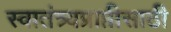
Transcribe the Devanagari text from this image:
स्वातंत्र्यप्राप्तीसाठी